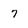
Character: 7